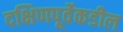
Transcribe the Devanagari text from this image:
दक्षिणपूर्वेकडील